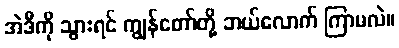
အဲဒီကို သွားရင် ကျွန်တော်တို့ ဘယ်လောက် ကြာမလဲ။